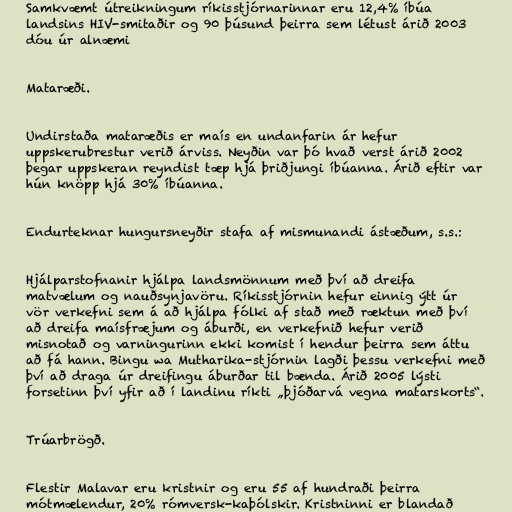
Samkvæmt útreikningum ríkisstjórnarinnar eru 12,4% íbúa
landsins HIV-smitaðir og 90 þúsund þeirra sem létust árið 2003
dóu úr alnæmi

Mataræði.

Undirstaða mataræðis er maís en undanfarin ár hefur
uppskerubrestur verið árviss. Neyðin var þó hvað verst árið 2002
þegar uppskeran reyndist tæp hjá þriðjungi íbúanna. Árið eftir var
hún knöpp hjá 30% íbúanna.

Endurteknar hungursneyðir stafa af mismunandi ástæðum, s.s.:

Hjálparstofnanir hjálpa landsmönnum með því að dreifa
matvælum og nauðsynjavöru. Ríkisstjórnin hefur einnig ýtt úr
vör verkefni sem á að hjálpa fólki af stað með ræktun með því
að dreifa maísfræjum og áburði, en verkefnið hefur verið
misnotað og varningurinn ekki komist í hendur þeirra sem áttu
að fá hann. Bingu wa Mutharika-stjórnin lagði þessu verkefni með
því að draga úr dreifingu áburðar til bænda. Árið 2005 lýsti
forsetinn því yfir að í landinu ríkti „þjóðarvá vegna matarskorts“.

Trúarbrögð.

Flestir Malavar eru kristnir og eru 55 af hundraði þeirra
mótmælendur, 20% rómversk-kaþólskir. Kristninni er blandað